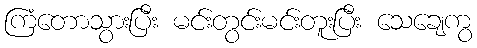
ကြံတောသွားပြီး မင်းတွင်းမင်းတူးပြီး သေချေကွ